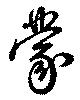
蒙